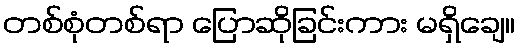
တစ်စုံတစ်ရာ ပြောဆိုခြင်းကား မရှိချေ။